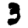
Digit: 3